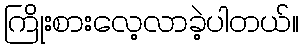
ကြိုးစားလေ့လာခဲ့ပါတယ်။